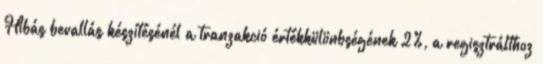
Hibás bevallás készítésénél a tranzakció értékkülönbségének 2%, a regisztrálthoz